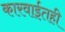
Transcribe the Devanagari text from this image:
कारवाईतही